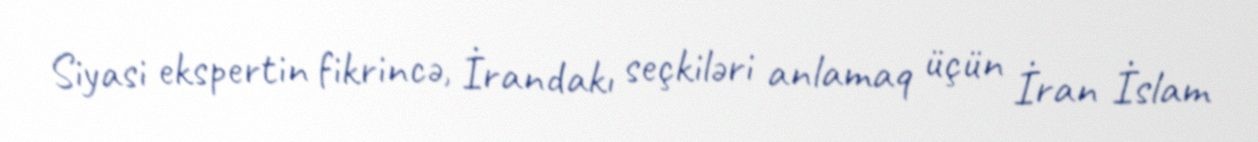
Siyasi ekspertin fikrincə, İrandakı seçkiləri anlamaq üçün İran İslam